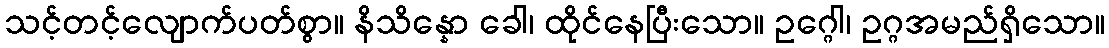
သင့်တင့်လျောက်ပတ်စွာ။ နိသိန္နော ခေါ၊ ထိုင်နေပြီးသော။ ဥဂ္ဂေါ၊ ဥဂ္ဂအမည်ရှိသော။